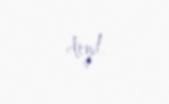
deyil.